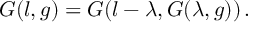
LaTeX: G ( l , g ) = G ( l - \lambda , G ( \lambda , g ) ) \, .